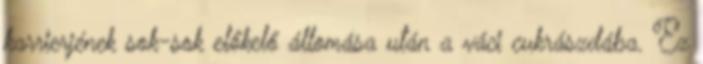
karrierjének sok-sok előkelő állomása után a váci cukrászdába. Ez